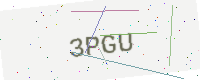
Text: 3PGU